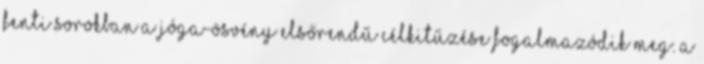
fenti sorokban a jóga-ösvény elsőrendű célkitűzése fogalmazódik meg. A